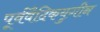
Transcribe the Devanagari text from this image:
पूर्ववैदिकयुगीन